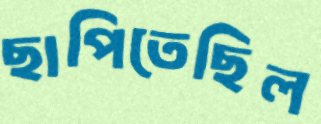
ছাপিতেছিল